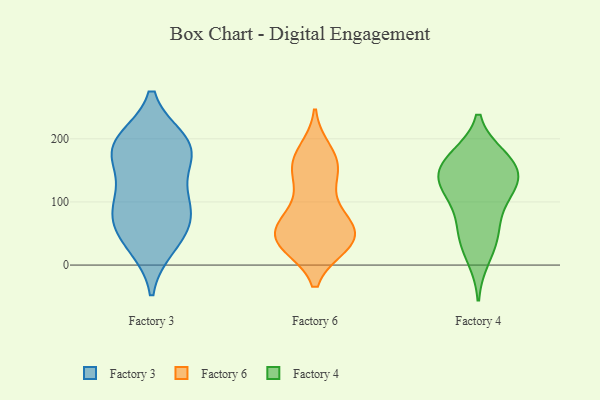
{"axis": {"x": "Inventory Turnover", "y": "Value"}, "legend": ["Factory 3", "Factory 4", "Factory 6"], "data": [{"x": "", "y": 31, "type": "Factory 3"}, {"x": "", "y": 100, "type": "Factory 3"}, {"x": "", "y": 194, "type": "Factory 3"}, {"x": "", "y": 152, "type": "Factory 3"}, {"x": "", "y": 37, "type": "Factory 3"}, {"x": "", "y": 63, "type": "Factory 3"}, {"x": "", "y": 183, "type": "Factory 3"}, {"x": "", "y": 182, "type": "Factory 3"}, {"x": "", "y": 102, "type": "Factory 3"}, {"x": "", "y": 185, "type": "Factory 3"}, {"x": "", "y": 196, "type": "Factory 3"}, {"x": "", "y": 91, "type": "Factory 3"}, {"x": "", "y": 71, "type": "Factory 3"}, {"x": "", "y": 37, "type": "Factory 6"}, {"x": "", "y": 65, "type": "Factory 6"}, {"x": "", "y": 144, "type": "Factory 6"}, {"x": "", "y": 34, "type": "Factory 6"}, {"x": "", "y": 73, "type": "Factory 6"}, {"x": "", "y": 32, "type": "Factory 6"}, {"x": "", "y": 161, "type": "Factory 6"}, {"x": "", "y": 45, "type": "Factory 6"}, {"x": "", "y": 66, "type": "Factory 6"}, {"x": "", "y": 36, "type": "Factory 6"}, {"x": "", "y": 180, "type": "Factory 6"}, {"x": "", "y": 161, "type": "Factory 6"}, {"x": "", "y": 88, "type": "Factory 6"}, {"x": "", "y": 166, "type": "Factory 6"}, {"x": "", "y": 127, "type": "Factory 6"}, {"x": "", "y": 44, "type": "Factory 6"}, {"x": "", "y": 38, "type": "Factory 6"}, {"x": "", "y": 168, "type": "Factory 4"}, {"x": "", "y": 171, "type": "Factory 4"}, {"x": "", "y": 48, "type": "Factory 4"}, {"x": "", "y": 127, "type": "Factory 4"}, {"x": "", "y": 165, "type": "Factory 4"}, {"x": "", "y": 71, "type": "Factory 4"}, {"x": "", "y": 107, "type": "Factory 4"}, {"x": "", "y": 159, "type": "Factory 4"}, {"x": "", "y": 125, "type": "Factory 4"}, {"x": "", "y": 131, "type": "Factory 4"}, {"x": "", "y": 133, "type": "Factory 4"}, {"x": "", "y": 11, "type": "Factory 4"}, {"x": "", "y": 44, "type": "Factory 4"}]}